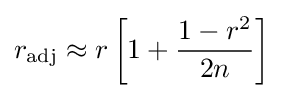
r_{\text{adj}}\approx r\left[1+{\frac {1-r^{2}}{2n}}\right]